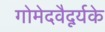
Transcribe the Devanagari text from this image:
गोमेदवैदूर्यके